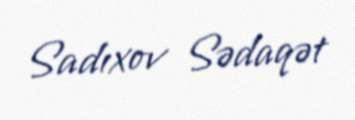
Sadıxov Sədaqət